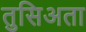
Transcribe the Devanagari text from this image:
तुसिअता